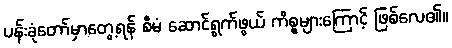
ပန်းခုံတော်မှာတွေ့ရန် စီမံ ဆောင်ရွက်ဖွယ် ကိစ္စများကြောင့် ဖြစ်လေ၏။